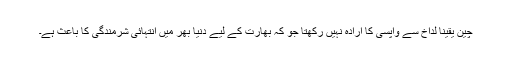
چین یقیناً لداخ سے واپسی کا ارادہ نہیں رکھتا جو کہ بھارت کے لیے دنیا بھر میں انتہائی شرمندگی کا باعث ہے۔